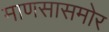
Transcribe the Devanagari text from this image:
माणसासमोर